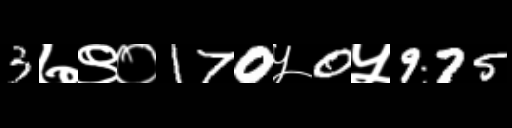
Text: 3७९०170५0५975